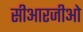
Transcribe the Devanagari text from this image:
सीआरजीओ